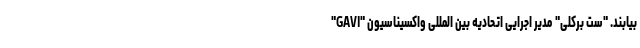
بیابند. "ست برکلی" مدیر اجرایی اتحادیه بین المللی واکسیناسیون "GAVI"